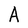
Character: A